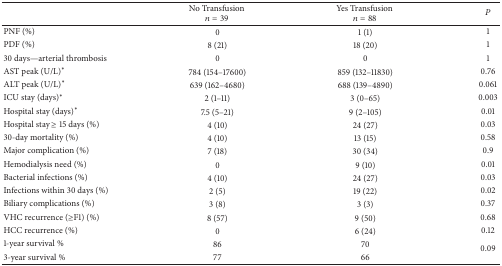
<table><thead><tr><td><b> </b></td><td><b>No Transfusion <i>n</i> = 39</b></td><td><b>Yes Transfusion <i>n</i> = 88</b></td><td><b><i>P</i></b></td></tr></thead><tbody><tr><td>PNF (%)</td><td>0</td><td>1 (1)</td><td>1</td></tr><tr><td>PDF (%)</td><td>8 (21)</td><td>18 (20)</td><td>1</td></tr><tr><td>30 days—arterial thrombosis</td><td>0</td><td>0</td><td>1</td></tr><tr><td>AST peak (U/L)*</td><td>784 (154–17600)</td><td>859 (132–11830)</td><td>0.76</td></tr><tr><td>ALT peak (U/L)*</td><td>639 (162–4680)</td><td>688 (139–4890)</td><td>0.061</td></tr><tr><td>ICU stay (days)*</td><td>2 (1–11)</td><td>3 (0–65)</td><td>0.003</td></tr><tr><td>Hospital stay (days)*</td><td>7.5 (5–21)</td><td>9 (2–105)</td><td>0.01</td></tr><tr><td>Hospital stay ≥ 15 days (%)</td><td>4 (10)</td><td>24 (27)</td><td>0.03</td></tr><tr><td>30-day mortality (%)</td><td>4 (10)</td><td>13 (15)</td><td>0.58</td></tr><tr><td>Major complication (%)</td><td>7 (18)</td><td>30 (34)</td><td>0.9</td></tr><tr><td>Hemodialysis need (%)</td><td>0</td><td>9 (10)</td><td>0.01</td></tr><tr><td>Bacterial infections (%)</td><td>4 (10)</td><td>24 (27)</td><td>0.03</td></tr><tr><td>Infections within 30 days (%)</td><td>2 (5)</td><td>19 (22)</td><td>0.02</td></tr><tr><td>Biliary complications (%)</td><td>3 (8)</td><td>3 (3)</td><td>0.37</td></tr><tr><td>VHC recurrence (≥F1) (%)</td><td>8 (57)</td><td>9 (50)</td><td>0.68</td></tr><tr><td>HCC recurrence (%)</td><td>0</td><td>6 (24)</td><td>0.12</td></tr><tr><td>1-year survival %</td><td>86 </td><td>70</td><td rowspan="2">0.09</td></tr><tr><td>3-year survival %</td><td>77</td><td>66</td></tr></tbody></table>